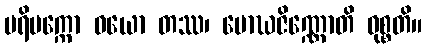
ပရိပက္ကော ဝယော တဿ၊ မောဃဇိဏ္ဏောတိ ဝုစ္စတိ။